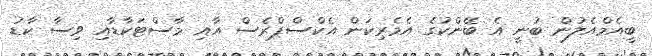
ބީއެމްއެލުން ބުނީ އެ ބޭންކުގެ އެމެރިކަން އެކްސްޕްރެސް އާއި މާސްޓަކާޑާއި ވިސާ ކާޑު